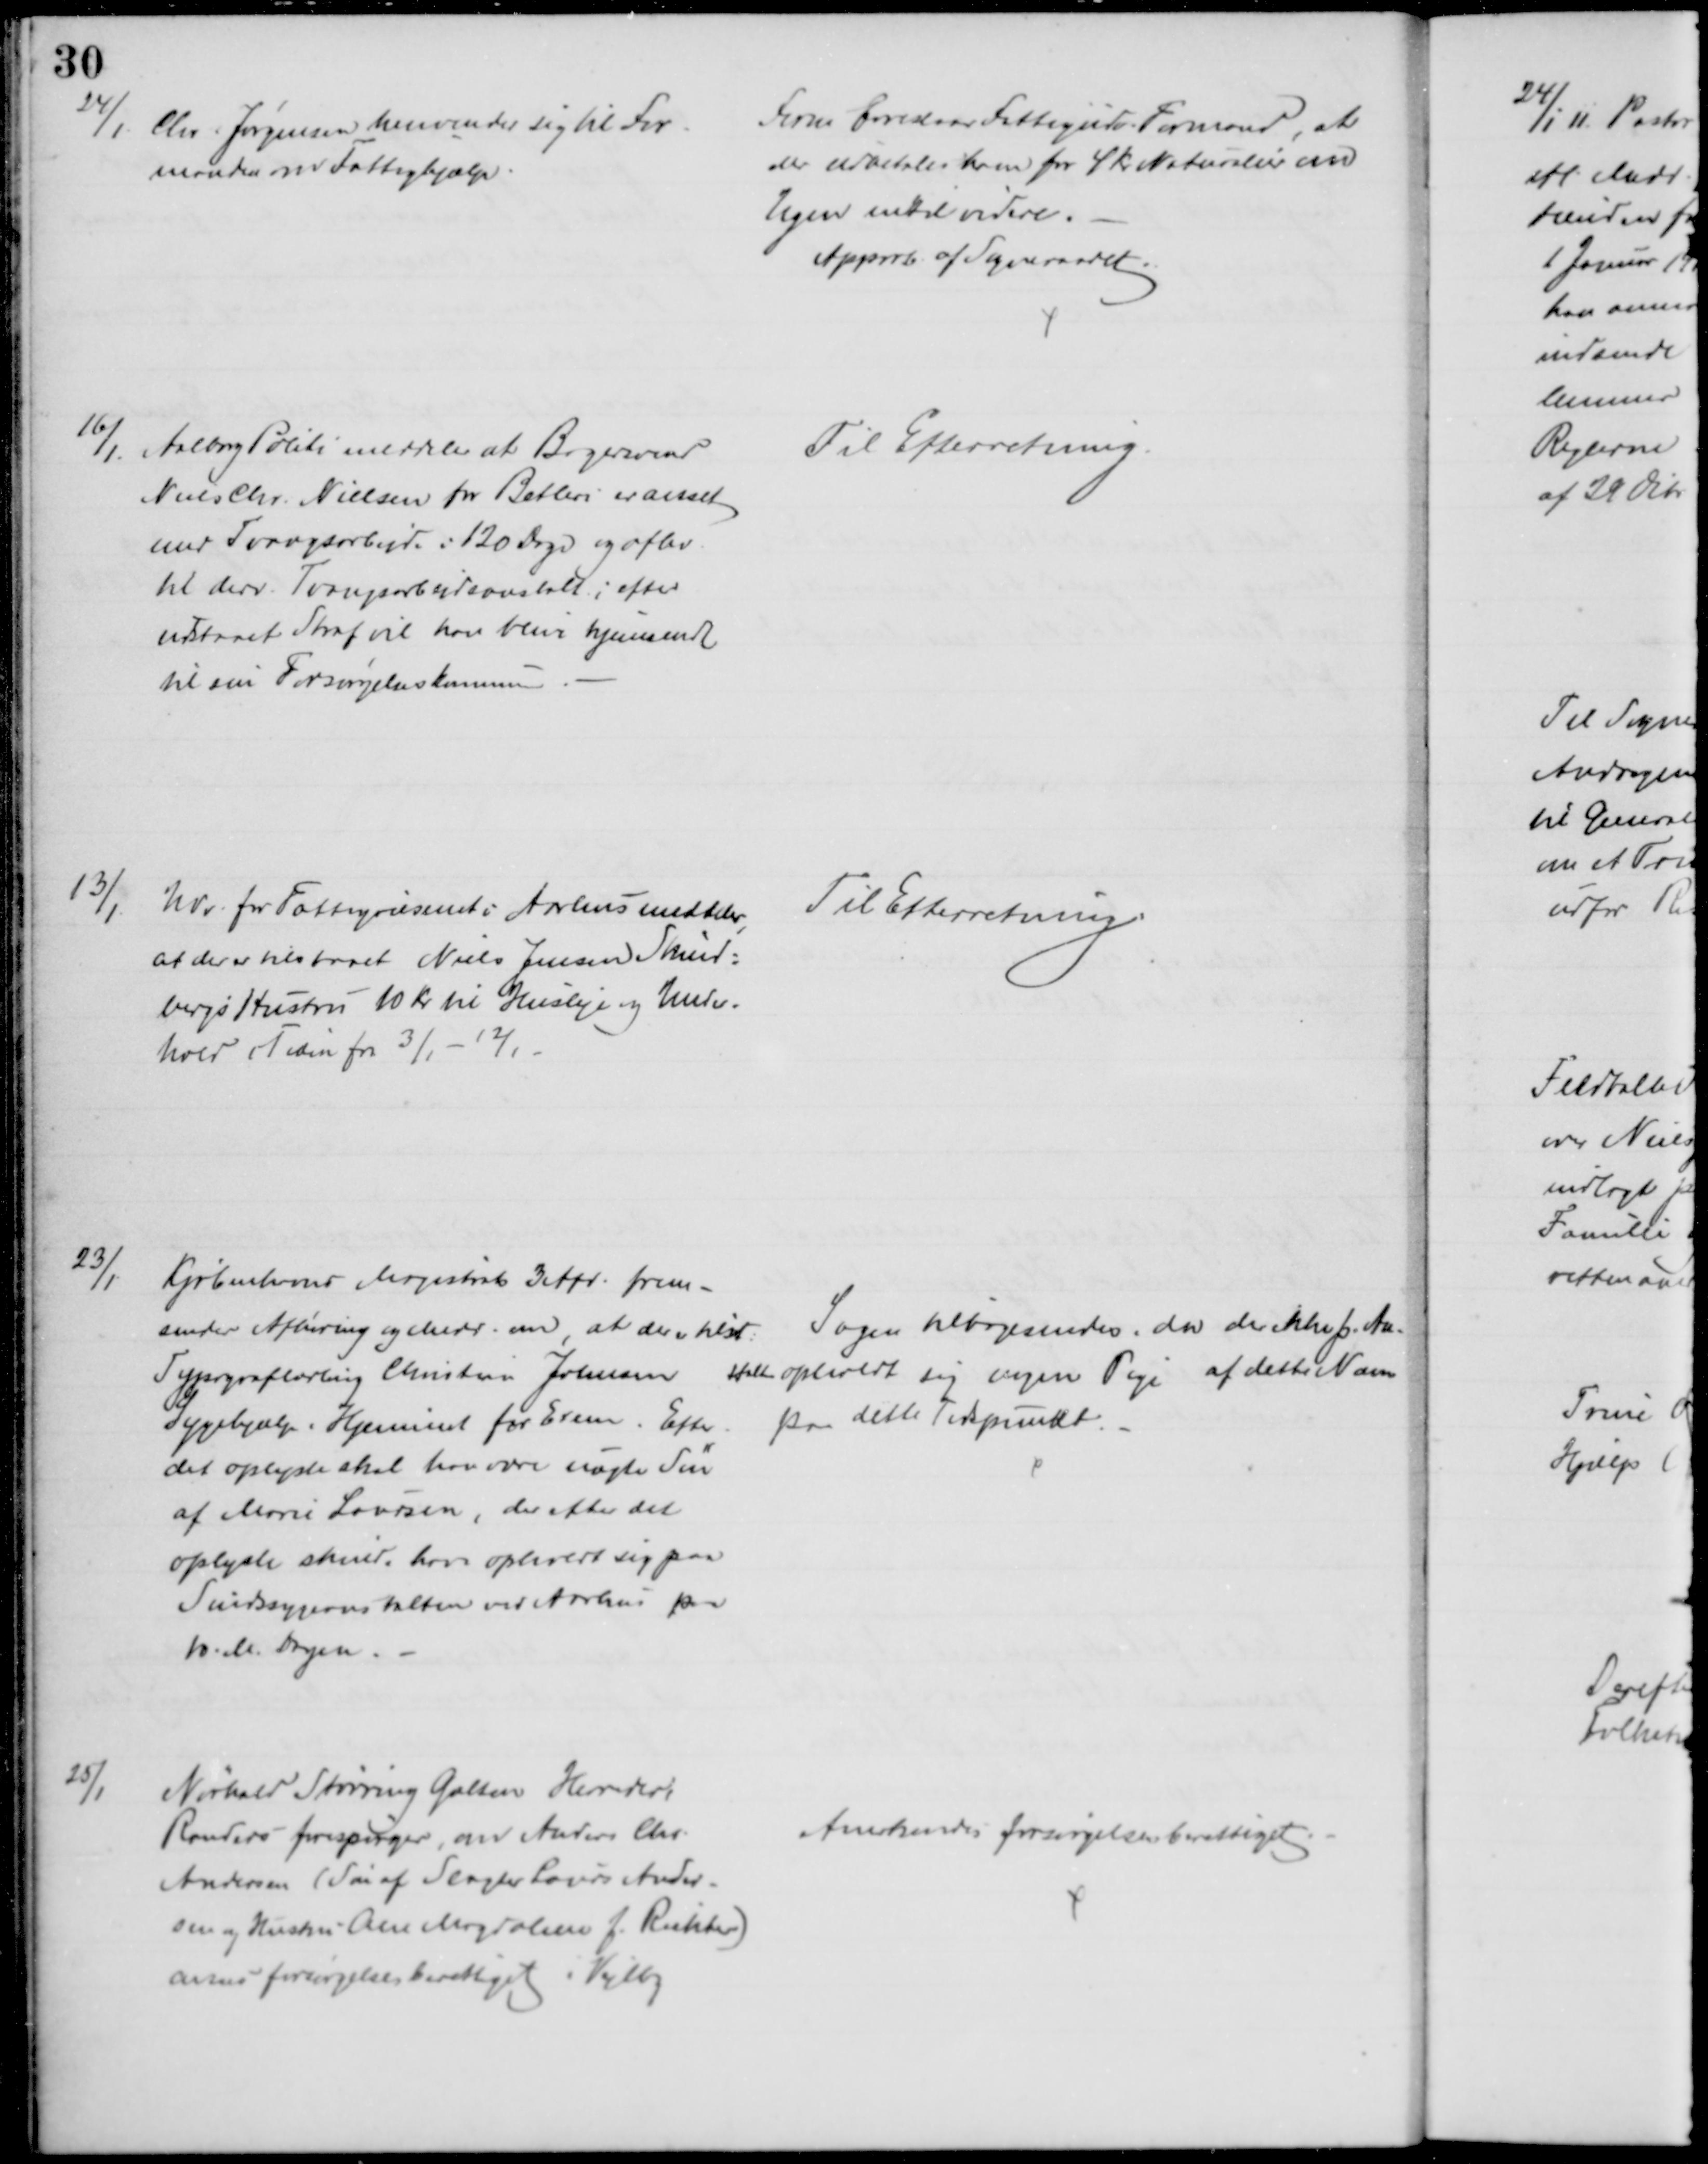
Transskription:
24/1
Chr. Jørgensen henvender sig til For-
manden om Fattighjælp.
Form. foreslaar Fattigudv. Formand, at
der udbetales ham for 4 kr. Naturalier om
Ugen indtil videre.
Approb. af Sogneraadet.
16/1.
Aalborg Politi meddeler at Bagersvend
Niels Chr. Nielsen for Betleri er anset
med Tvangsarbejde i 120 Dage og aflev
til derv. Tvangsarbejdsanstalt; efter
udstaaet Straf vil han blive hjemsendt
til sin Forsørgelseskommune
Til Efterretning.
13/1
Udv. for Fattigvæsenet i Aarhus meddeler
at der er tilstaaet Niels Jensen Skind=
bergs Hustru 10 Kr. til Husleje og Under-
hold i Tiden fra 3/1 - 12/1
Til Efterretning
23/1
Kjøbenhavns Magistrat 3 Afd. frem-
sender Afhøring og Medd. om at der er tilst.
Typograflærling Christian Johnsen 
Sygehjælp i Hjemmet for Exem. Efter 
det oplyste skal han være uægte Søn
af Marie Laursen, der efter det
oplyste skulde have opholdt sig paa
Sindssygeanstalten ved Aarhus paa
10. M. Dagen.
Sagen tilbagesendes, da der ikke p. An-
stalten opholdt sig nogen Pige af dette Navn
paa dette Tidspunkt.
25/1
Nørhald Støvring Galten Herreder i
Randers forespørger, om Anders Chr.
Andersen (Søn af Slagter Laurs Ander-
sen og Hustru Ane Magdalene f. Richter)
anses forsørgelsesberettiget i Vejlby
Anerkendes forsørgelsesberettiget.